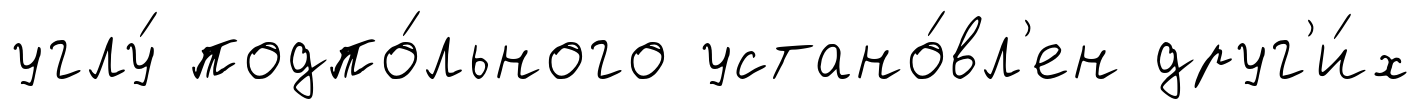
углу́ подпо́льного устано́вл'ен друг'и́х